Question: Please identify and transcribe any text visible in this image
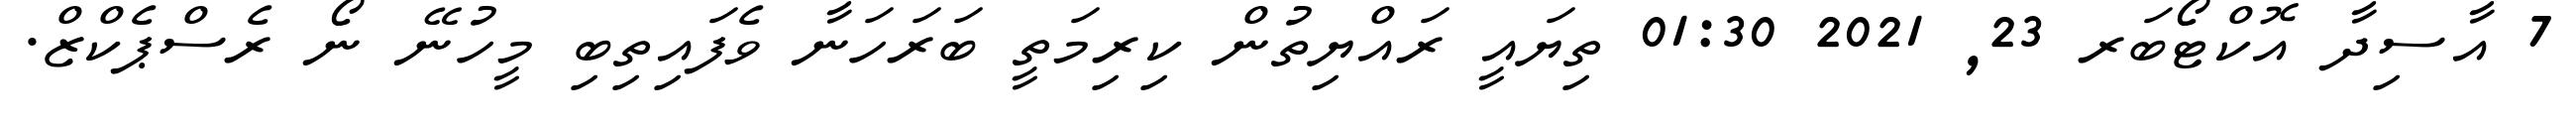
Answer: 7 އާސިދާ އޮކްޓޯބަރ 23, 2021 01:30 ތިޔައީ ރައްޔިތުން ކިރިމަތީ ބަރަހަނާ ވެފައިތިބި މީހުނޭ ނޯ ރެސްޕެކްޒް.